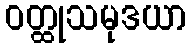
ဝတ္ထုသမုဒယာ